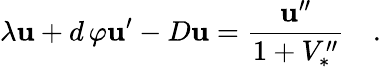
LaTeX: \lambda\mathbf{u}+d\, \varphi\mathbf{u}^{\prime}-D\mathbf{u}={\frac{{\mathbf{u}^{\prime\prime}}}{{1+V_{*}^{\prime\prime}}}}\quad.